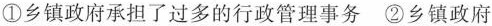
\textcircled {1}乡镇政府承担了过多的行政管理事务\textcircled {2}乡镇政府